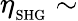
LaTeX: \eta_{{_\mathrm{{SHG}}}}\sim